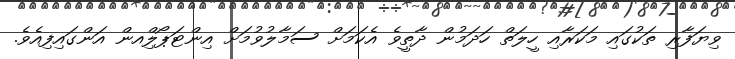
ވިޔަފާރި ތަކުގައި މަކަރާއި ހީލަތް ހަދަމުން ދާތީވެ އެކަމަށް ސަމާލުވުމަށް އިންޓަޕޯލްިއން އަންގައިފިއެވެ.